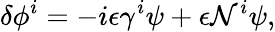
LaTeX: \delta\phi^{i}=-i\epsilon\gamma^{i}\psi+\epsilon\mathcal{N}^{i}\psi,